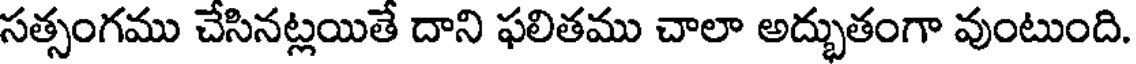
సత్సంగము చేసినట్లయితే దాని ఫలితము చాలా అద్భుతంగా వుంటుంది.